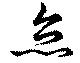
怠